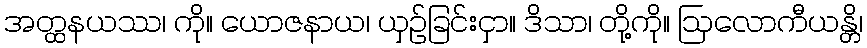
အတ္ထနယဿ၊ ကို။ ယောဇနာယ၊ ယှဉ်ခြင်းငှာ။ ဒိသာ၊ တို့ကို။ ဩလောကီယန္တိ၊